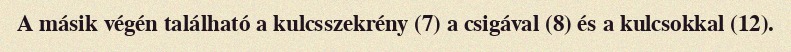
A másik végén található a kulcsszekrény (7) a csigával (8) és a kulcsokkal (12).